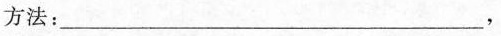
方法：___，